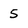
Character: 5